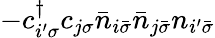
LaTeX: -c_{i^{\prime}\sigma}^{\dagger}c_{j\sigma}\bar{n}_{i\bar{\sigma}}\bar{n}_{j\bar{\sigma}}n_{i^{\prime}\bar{\sigma}}